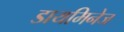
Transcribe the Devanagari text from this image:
डायमिनेज